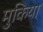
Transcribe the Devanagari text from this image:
मुकिया